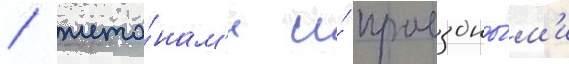
/ жето́нам'и и́ проездны́м'и